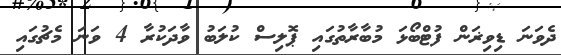
ދެވަނަ ޑިވިޜަން ފުޓްބޯޅަ މުބާރާތުގައި ޕޮލިސް ކުލަބު ވާދަކުރާ 4 ވަނަ މެޗުގައި